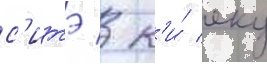
с'итэ / к'и́ еку